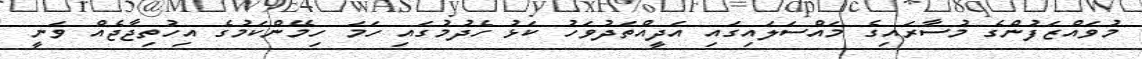
މުވައްޒަފުންގެ މުސާރައިގެ މައްސަލައިގައި އަދީއްތަދުވަހު ކަޅު ހެދުމުގައި ހަމަ ހިމޭންކަމުގެ އިހުތިޖާޖެއް ވަނީ